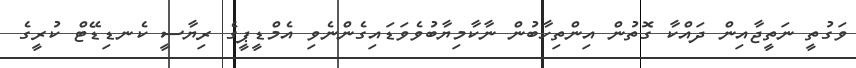
ވަގުތީ ނަތީޖާއިން ދައްކާ ގޮތުން އިންތިހާބުން ނާކާމިޔާބުވެވަޑައިގެންނެވި އެމްޑީޕީގެ ރިޔާސީ ކެނޑިޑޭޓް ކުރީގެ